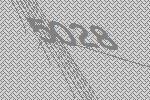
5028